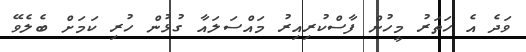
ވަދެ އެ ހަތަރު މީހުން ފާސްކުރިއިރު މައްސަލައާ ގުޅުން ހުރި ކަމަށް ބެލެވޭ